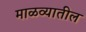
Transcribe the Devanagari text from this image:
माळव्यातील